Insane asylums in Bengal annual reports 1867-1875 - 1867-1875
Year: 1867
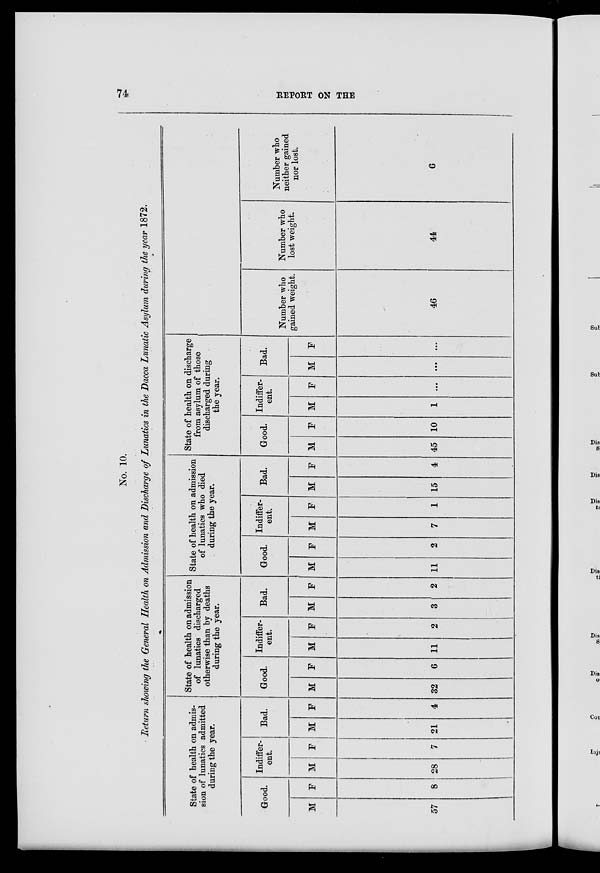
74
REPORT ON THE
No. 10.
Return showing the General Health on Admission and Discharge of Lunatics in the Dacca Lunatic Asylum during the year 1872.
State of health on admis-
sion of lunatics admitted
during the year.
Good.
M
57
F
8
Indiffer-
ent.
M
28
F
7
Bad.
M
21
F
4
State of health on admission
of lunatics discharged
otherwise than by deaths
during the year.
Good.
M
32
F
6
Indiffer-
ent.
M
11
F
2
Bad.
M
3
F
2
State of health on admission
of lunatics who died
during the year.
Good.
M
11
F
2
Indiffer-
ent.
M
7
F
1
Bad.
M
15
F
4
State of health on discharge
from asylum of those
discharged during
the year.
Good.
M
45
F
10
Indiffer-
ent.
M
1
F
...
Bad.
M
...
F
...
Number who
gained weight.
46
Number who
lost weight.
44
Number who
neither gained
nor lost.
6